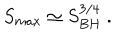
LaTeX: S _ { m a x } \simeq S _ { B H } ^ { 3 / 4 } \ .